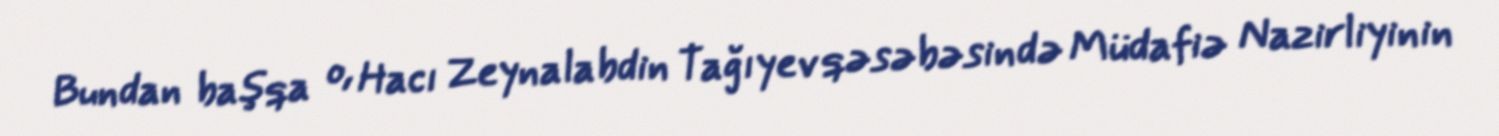
Bundan başqa o, Hacı Zeynalabdin Tağıyev qəsəbəsində Müdafiə Nazirliyinin